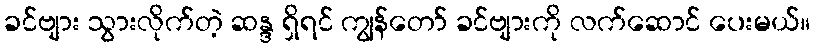
ခင်ဗျား သွားလိုက်တဲ့ ဆန္ဒ ရှိရင် ကျွန်တော် ခင်ဗျားကို လက်ဆောင် ပေးမယ်။